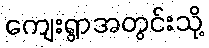
ကျေးရွာအတွင်းသို့